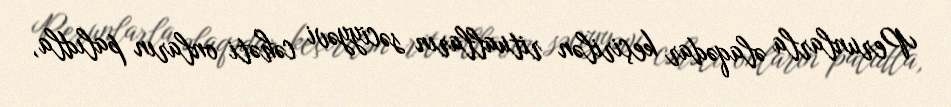
Perunlarla əlaqədar keçirilən ritualların səciyyəvi cəhəti onların palıdla,